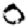
Digit: 0